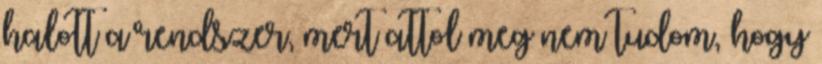
halott a rendszer, mert attol meg nem tudom, hogy